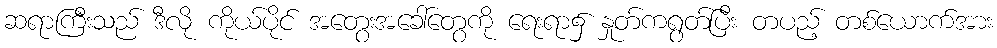
ဆရာကြီးသည် ဒီလို ကိုယ်ပိုင် အတွေးအခေါ်တွေကို ရေးရာ၌ နှုတ်ကရွတ်ပြီး တပည့် တစ်ယောက်အား